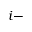
i -